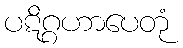
ပဋိဂ္ဂဟာပေတုံ